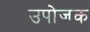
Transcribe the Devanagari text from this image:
उपोजक